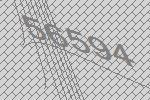
56594